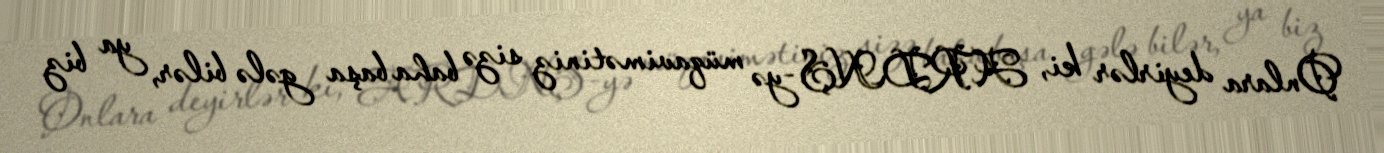
Onlara deyirlər ki, ARDNŞ-yə müqavimətiniz sizə baha başa gələ bilər, ya biz